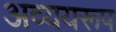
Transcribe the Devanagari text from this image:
अव्ययरूप